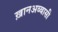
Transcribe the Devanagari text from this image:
ख़ानअब्बासी